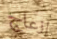
إزعاج